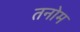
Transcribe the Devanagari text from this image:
तनोम